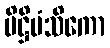
ပိဋ္ဌိမံသိကော